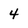
Character: 4